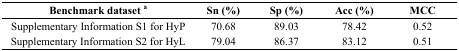
<table><thead><tr><td><b>Benchmark dataset a</b></td><td><b>Sn (%)</b></td><td><b>Sp (%)</b></td><td><b>Acc (%)</b></td><td><b>MCC</b></td></tr></thead><tbody><tr><td>Supplementary Information S1 for HyP</td><td>70.68</td><td>89.03</td><td>78.42</td><td>0.52</td></tr><tr><td>Supplementary Information S2 for HyL</td><td>79.04</td><td>86.37</td><td>83.12</td><td>0.51</td></tr></tbody></table>